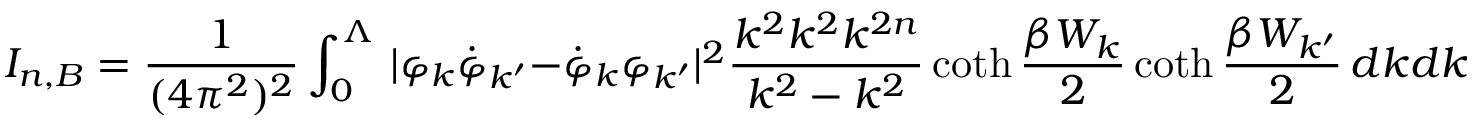
I _ { n , B } = \frac 1 { ( 4 \pi ^ { 2 } ) ^ { 2 } } \int _ { 0 } ^ { \Lambda } \, | \varphi _ { k } \dot { \varphi } _ { k ^ { \prime } } - \dot { \varphi } _ { k } \varphi _ { k ^ { \prime } } | ^ { 2 } \frac { k ^ { 2 } k ^ { 2 } k ^ { 2 n } } { k ^ { 2 } - k ^ { 2 } } \coth \frac { \beta W _ { k } } 2 \coth \frac { \beta W _ { k ^ { \prime } } } 2 \, d k d k ^ { \prime } \ .